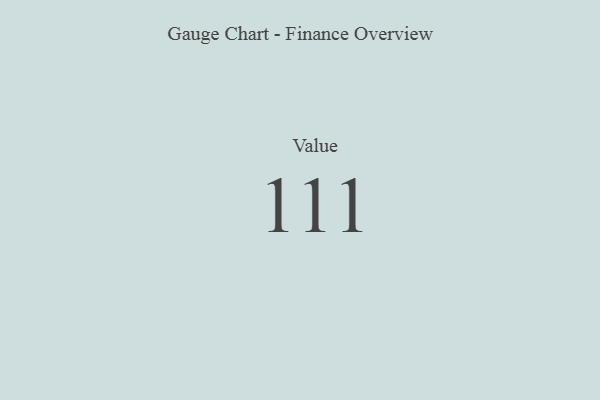
{"axis": {"x": "Metric", "y": "Value"}, "legend": [""], "data": [{"x": "Value", "y": 111, "type": ""}]}